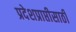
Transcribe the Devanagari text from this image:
प्रदेशप्राप्तीसाठी